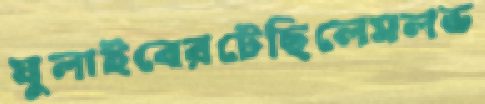
ঘুলাইবেরটেছিলেমলভ